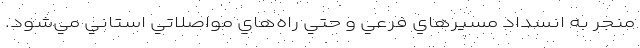
منجر به انسداد مسيرهاي فرعي و حتي راه‌هاي مواصلاتي استاني مي‌شود.